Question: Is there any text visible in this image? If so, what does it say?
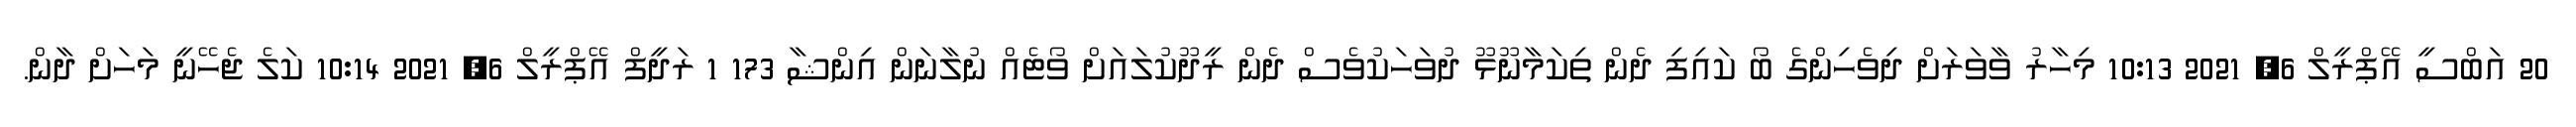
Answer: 20 އަބްސީ އޭޕްރީލް 6, 2021 10:13 މިހާރު ވާވަރަށް ދިވެހިންގެ ބޯ ކައިފި ދެން ތިކަމާނޫޅޫ ދުވަހަކުވެސް ދެން ރީދޫކުލައަށް ވޯޓެއް ނުލާނަން އިންޝާ 173 1 ރަދީފް އޭޕްރީލް 6, 2021 10:14 ކަލެ ޖެހޭނީ މަހަށް ދާން.